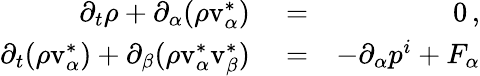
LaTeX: \begin{array}{rlr}{\partial_{t}\rho+\partial_{\alpha}(\rho\mathrm{v}_{\alpha}^{*})}&{{}=}&{0\, ,}\\ {\partial_{t}(\rho\mathrm{v}_{\alpha}^{*})+\partial_{\beta}(\rho\mathrm{v}_{\alpha}^{*}\mathrm{v}_{\beta}^{*})}&{{}=}&{-\partial_{\alpha}p^{i}+F_{\alpha}}\end{array}